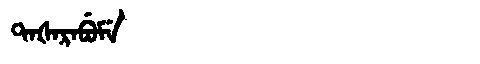
Manchu: ᡨᠠᡧᠠᡵᠠᠪᡠᠮᡝ
Romanization: TAŠARABUME